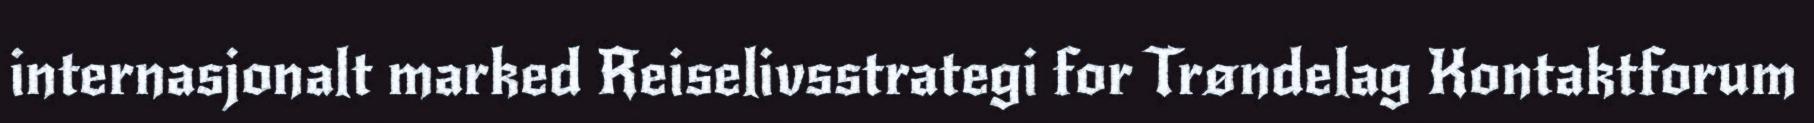
internasjonalt marked Reiselivsstrategi for Trøndelag Kontaktforum